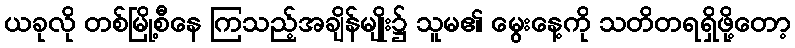
ယခုလို တစ်မြို့စီနေ ကြသည့်အချိန်မျိုး၌ သူမ၏ မွေးနေ့ကို သတိတရရှိဖို့တော့